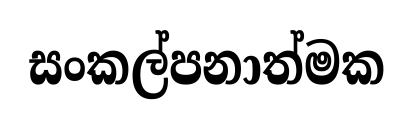
සංකල්පනාත්මක